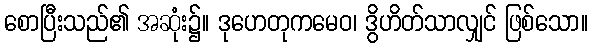
စောပြီးသည်၏ အဆုံး၌။ ဒုဟေတုကမေဝ၊ ဒွိဟိတ်သာလျှင် ဖြစ်သော။